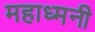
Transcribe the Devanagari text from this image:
महाध्मनी